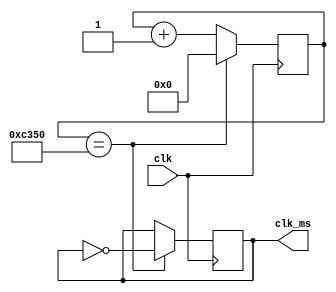
`timescale 1ns / 1ps

module mydiv_ms(clk,clk_ms);
    input clk;
    output clk_ms;
    reg clk_ms = 0;
    reg[31:0] ms_cnt=0;

    always@(posedge clk)
    begin
        if (ms_cnt == 26'd50000)
        begin
            clk_ms = ~clk_ms;
            ms_cnt = 0;
        end
        else
            ms_cnt = ms_cnt + 1'b1;
    end
endmodule